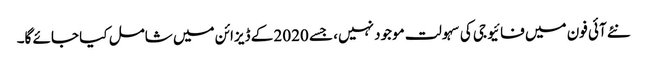
نئے آئی فون میں فائیو جی کی سہولت موجود نہیں، جسے 2020 کے ڈیزائن میں شامل کیا جائے گا۔